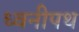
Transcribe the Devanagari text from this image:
ध्वनीपथ